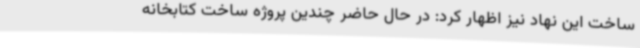
ساخت این نهاد نیز اظهار کرد: در حال حاضر چندین پروژه ساخت کتابخانه